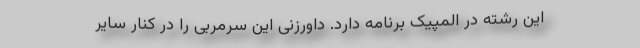
این رشته در المپیک برنامه دارد. داورزنی این سرمربی را در کنار سایر